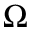
\Omega